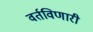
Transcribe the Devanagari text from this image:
वर्तविणारी